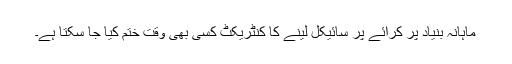
ماہانہ بنیاد پر کرائے پر سائیکل لینے کا کنٹریکٹ کسی بھی وقت ختم کیا جا سکتا ہے۔